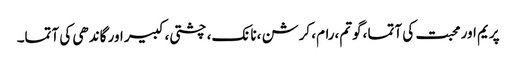
پریم اور محبت کی آتما ،گوتم،رام، کرشن ،نانک، چشتی، کبیر اور گاندھی کی آتما۔